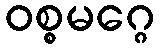
ဝစ္စမဂ္ဂေ